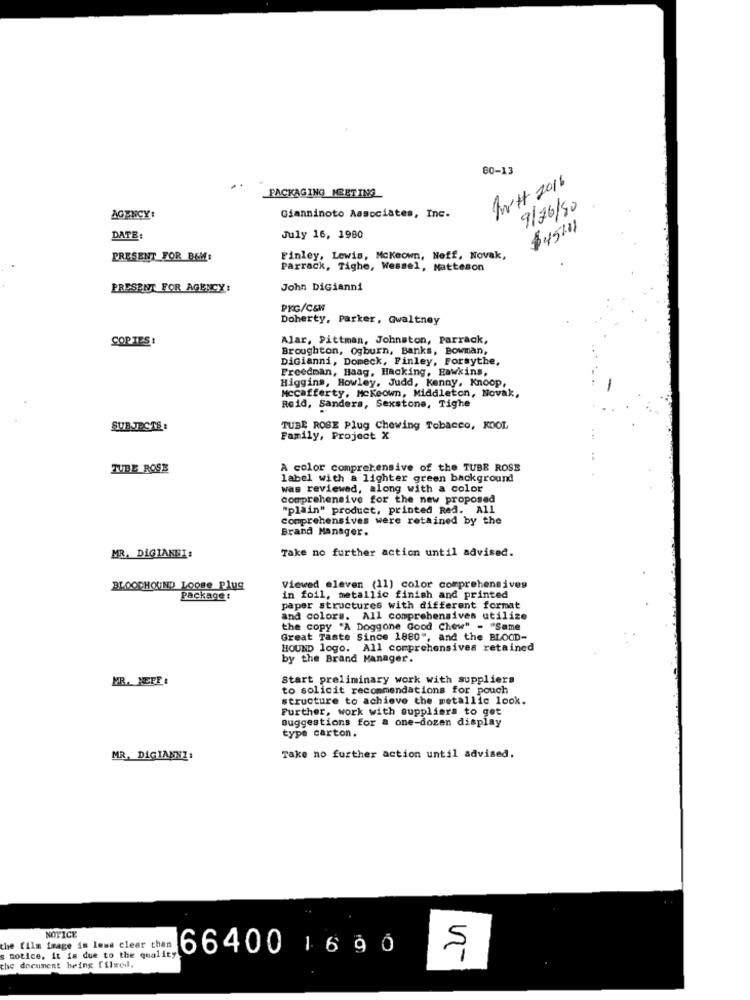
80-13
AH 2016
PACKAGING MEETING
Gianninoto Associates, Inc.
9/26/90
AGENCY:
$ 45/11
DATE
July 16, 1980
PRESENT FOR BEM:
Finley, Lewis, Mckeown, Neff, Novak,
Parrack, Tighe, Wessel, Matteson
PRESENT FOR AGENCY:
John DiGianni
PKG/C&W
Doherty, Parker, Gwaltney
COPIES :
Alar, Pittman, Johnston, Parrack,
Broughton, Ogburn, Banks, Bowman,
DiGianni, Domeck, Finley, Forsythe,
Freedman, Haag, Hacking, Hawkins,
Higgins, Howley, Judd, Kenny, Knoop,
Mccafferty, Mckeown, Middleton, Novak,
Reid, Sanders, Sexstone, Tighe
SUBJECTS :
TUBE ROSE Plug Chewing Tobacco, KOOL
Family, Project X
TUBE ROSE
A color comprehensive of the TUBE ROSE
label with a lighter green background
was reviewed, along with a color
comprehensive for the new proposed
"plain" product, printed Red. All
Comprehensives were retained by the
Brand Manager.
Take no further action until advised.
MR. DİGIANNI:
BLOODHOUND LOOBe Plug
Viewed eleven (11) color comprehensives
Package :
in foil, metallic finish and printed
paper structures with different format
and colors. All comprehensives utilize
the copy "A Doggone Good Chew" - "Same
Great Taste Since 1880", and the BLOOD-
HOUND logo. All comprehensives retained
by the Brand Manager.
MR. HEFF :
Start preliminary work with suppliers
to solicit recommendations for pouch
structure to achieve the metallic look.
Further, work with suppliers to get
suggestions for a one-dozen display
type carton.
MR. DiGIANNI:
Take no further action until advised.
NOTICE
the film image is less cleer than
66400 16 90
notice, it is due to the quality
the document being filed.